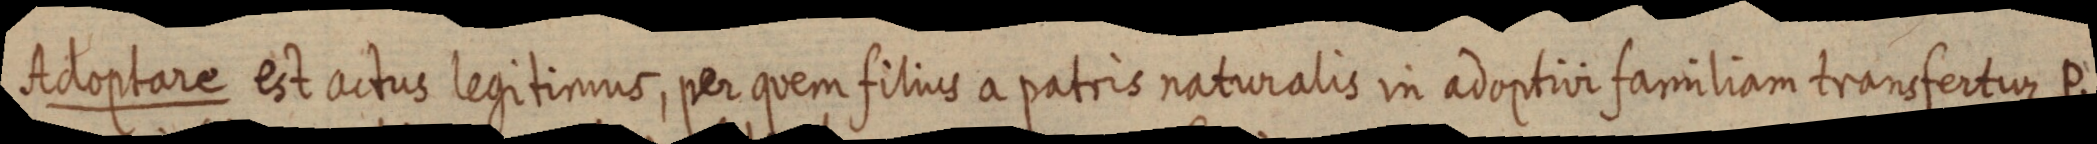
Adoptare est actus legitimus, per quem filius a patris naturalis in adoptivi familiam transfertur P.